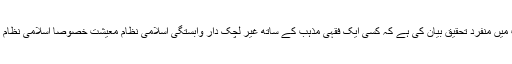
شیخ الاسلام ڈاکٹر محمد طاہر القادری نے اس کتاب میں منفرد تحقیق بیان کی ہے کہ کسی ایک فقہی مذہب کے ساتھ غیر لچک دار وابستگی اسلامی نظامِ معیشت خصوصاً اِسلامی نظامِ بینکاری کے اِرتقاء میں سب سے بڑی رکاوٹ ہے۔